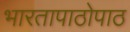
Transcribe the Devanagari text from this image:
भारतापाठोपाठ